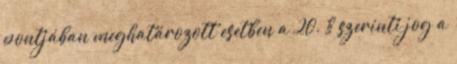
pontjában meghatározott esetben a 20. § szerinti jog a